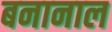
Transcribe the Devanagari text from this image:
बनानाल